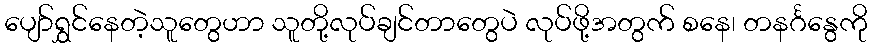
ပျော်ရွှင်နေတဲ့သူတွေဟာ သူတို့လုပ်ချင်တာတွေပဲ လုပ်ဖို့အတွက် စနေ၊ တနင်္ဂနွေကို